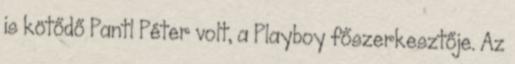
is kötődő Pantl Péter volt, a Playboy főszerkesztője. Az